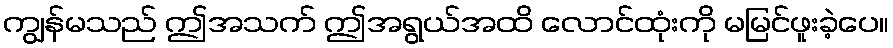
ကျွန်မသည် ဤအသက် ဤအရွယ်အထိ လောင်ထုံးကို မမြင်ဖူးခဲ့ပေ။